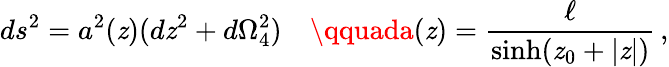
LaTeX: ds^{2}=a^{2}(\mathit{z})(d\mathit{z}^{2}+d\Omega_{4}^{2})\quad\qquada(\mathit{z})=\frac{{\ell}}{{\sinh(\mathit{z}_{0}+|\mathit{z}|)}}\, ,